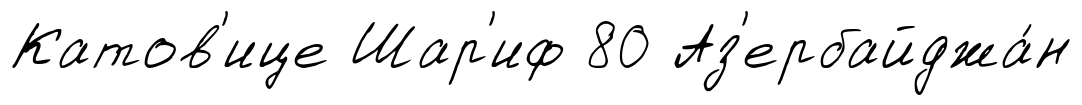
Катов'ице Шар'иф 80 Аз'ербайджа́н